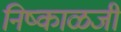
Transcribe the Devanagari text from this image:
निष्काळजी